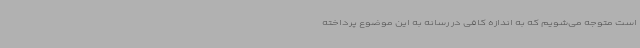
است متوجه می‌شویم که به اندازه کافی در رسانه به این موضوع پرداخته